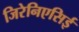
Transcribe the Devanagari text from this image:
जिरेनिएसिई